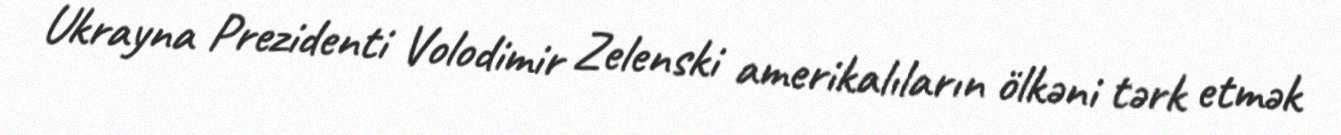
Ukrayna Prezidenti Volodimir Zelenski amerikalıların ölkəni tərk etmək